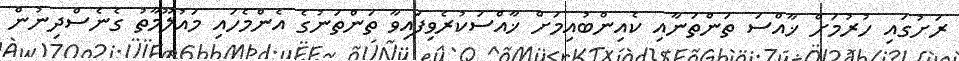
ރަށުގައި ހުރުމަށް ޚާއްސަ ތަންތަނާއި ކެއިންބުއިމަށް ޚާއްސަކުރެވިފައިވާ ތަންތަނުގެ އެންމެހައި މައުލޫމާތު ގެނެސްދިނުން